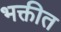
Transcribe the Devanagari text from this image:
भक्तीत